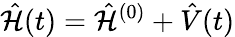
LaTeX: \hat{\mathcal{H}}(t)=\hat{\mathcal{H}}^{(0)}+\hat{V}(t)